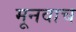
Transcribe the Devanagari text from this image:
मूनवाच